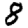
Digit: 8